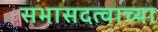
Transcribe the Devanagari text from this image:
सभासदत्वाच्या